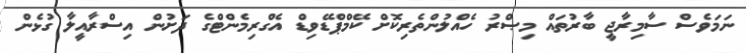
ނަމަވެސް ސާމިރާޖީ ބާރުތައް މިޞްރު ހެއްލުންތެރިކޮށް ކޭމްޕްޑޭވިޑް އެގްރިމެންޓްގެ ދަށުން އިސްރާއީލާ ގުޅެން